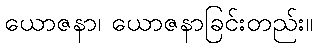
ယောဇနာ၊ ယောဇနာခြင်းတည်း။